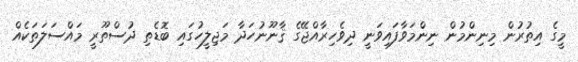
މީގެ އިތުރުން މިނިންމުން ނިންމަވާފައިވަނީ ދިވެހިރާއްޖޭގެ ޤާނޫނުހަދާ މަޖިލީހުގައި ބޮޑެތި ދުސްތޫރީ މައްސަލަތަކެއް